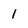
Character: l